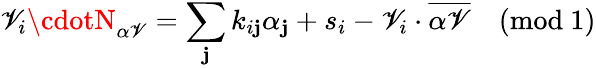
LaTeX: \mathscr{V}_{i}\cdotN_{\alpha\mathscr{V}}=\sum_{\mathbf{j}}k_{i\mathbf{j}}\alpha_{\mathbf{j}}+s_{i}-\mathscr{V}_{i}\cdot\overline{{{{\alpha\mathscr{V}}}}}\quad(\mathrm{{mod\ 1}})